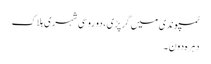
ٹمپو ندی میں گرپڑی ،دو روسی شہری ہلاک
دہرہ دون ۔